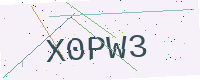
Text: X0PW3